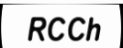
RCCh